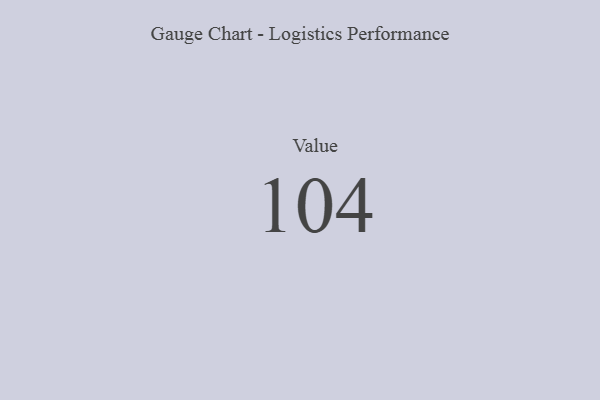
{"axis": {"x": "Metric", "y": "Value"}, "legend": [""], "data": [{"x": "Value", "y": 104, "type": ""}]}